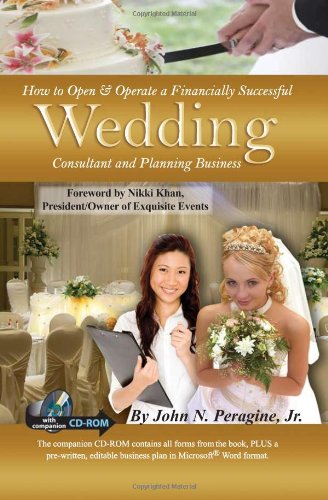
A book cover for How to Open & Operate a Financially Successful Wedding Consultant & Planning Business: With Companion CD-ROM; John N Peragine Jr.; Business & Money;